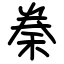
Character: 䅈